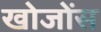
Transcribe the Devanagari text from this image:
खोजोंस